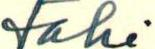
tahi